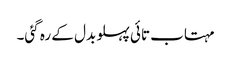
مہتاب تائی پہلو بدل کے رہ گئی۔